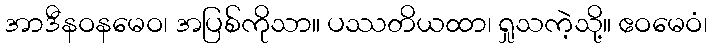
အာဒီနဝနမေဝ၊ အပြစ်ကိုသာ။ ပဿတိယထာ၊ ရှုသကဲ့သို့။ ဧဝမေဝံ၊